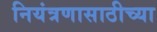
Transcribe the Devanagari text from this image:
नियंत्रणासाठीच्या